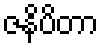
ဇနိပိတာ